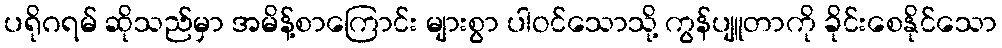
ပရိုဂရမ် ဆိုသည်မှာ အမိန့်စာကြောင်း များစွာ ပါဝင်သောသို့ ကွန်ပျူတာကို ခိုင်းစေနိုင်သော